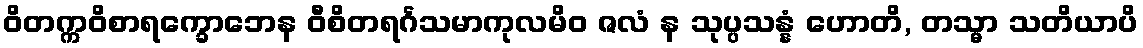
ဝိတက္ကဝိစာရက္ခောဘေန ဝီစိတရင်္ဂသမာကုလမိဝ ဇလံ န သုပ္ပသန္နံ ဟောတိ, တသ္မာ သတိယာပိ